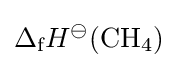
\Delta _{\text{f}}H^{\ominus }({\text{CH}}_{4})